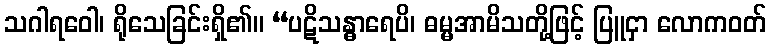
သဂါရဝေါ၊ ရိုသေခြင်းရှိ၏။ “ပဋိသန္ဓာရေပိ၊ ဓမ္မအာမိသတို့ဖြင့် ပြူငှာ လောကဝတ်